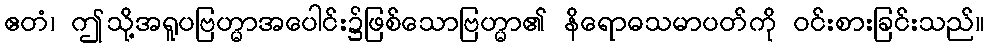
ဧတံ၊ ဤသို့အရူပဗြဟ္မာအပေါင်း၌ဖြစ်သောဗြဟ္မာ၏ နိရောဓသမာပတ်ကို ဝင်းစားခြင်းသည်။